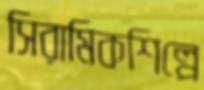
সিরামিকশিল্পে